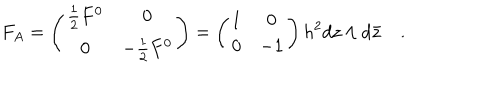
F _ { A } = \left( \begin{matrix} { { { \frac { 1 } { 2 } } F ^ { 0 } } } & { { 0 } } \\ { { 0 } } & { { - { \frac { 1 } { 2 } } F ^ { 0 } } } \\ \end{matrix} \right) = \left( \begin{matrix} { { 1 } } & { { 0 } } \\ { { 0 } } & { { - 1 } } \\ \end{matrix} \right) h ^ { 2 } d z \wedge d { \bar { z } } \quad .